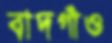
বাদগাঁও